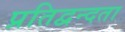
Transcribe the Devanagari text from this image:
प्रतिद्वन्दता